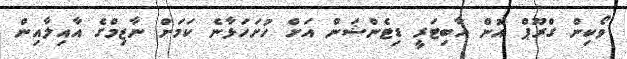
ވޯކިން ގްރޫޕް އޮން އާބިޓަރީ ޑިޓެންޝަން އަށް ހުށަހަޅާނެ ކަމަށް ނާޒިމްގެ އާއިލާއިން